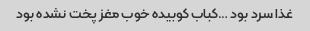
غذا سرد بود …کباب کوبیده خوب مغز پخت نشده بود